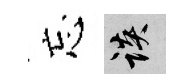
忘談